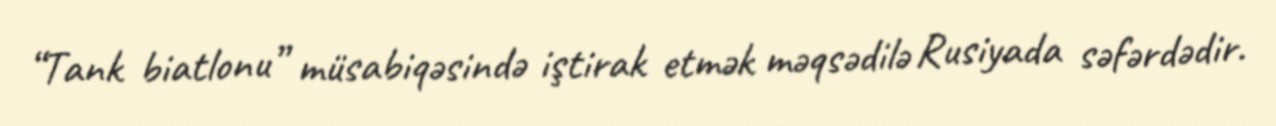
“Tank biatlonu” müsabiqəsində iştirak etmək məqsədilə Rusiyada səfərdədir.